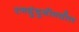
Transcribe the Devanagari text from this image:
रणदुंदुभीमधील